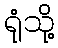
ရုံသို့